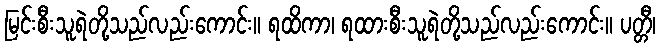
မြင်းစီးသူရဲတို့သည်လည်းကောင်း။ ရထိကာ၊ ရထားစီးသူရဲတို့သည်လည်းကောင်း။ ပတ္တီ၊